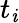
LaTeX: t_{\mathit{i}}